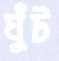
ঘুঁট